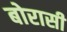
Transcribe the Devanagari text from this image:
बोरासी